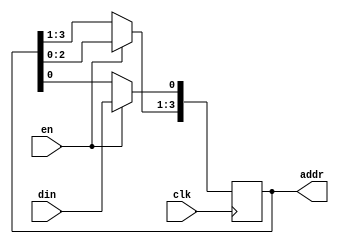
module addrregister(
  output [3:0] addr,
  input clk,
  input din,
  input en);
  reg [3:0] addrreg = 0;
  assign addr = addrreg;
  always @(posedge clk) begin
    if(en) begin
      addrreg[3:1] <= addrreg[2:0];
      addrreg[0] <= din; 
    end
  end
endmodule